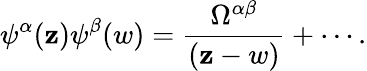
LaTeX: \psi^{\alpha}(\mathbf{z})\psi^{\beta}(w)=\frac{{\Omega^{\alpha\beta}}}{{(\mathbf{z}-w)}}+\cdots.